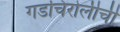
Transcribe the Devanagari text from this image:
गडचिरोलीची